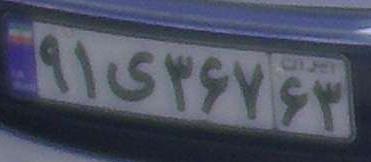
۹۱ی۳۶۷۶۳